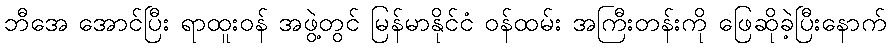
ဘီအေ အောင်ပြီး ရာထူးဝန် အဖွဲ့တွင် မြန်မာနိုင်ငံ ဝန်ထမ်း အကြီးတန်းကို ဖြေဆိုခဲ့ပြီးနောက်